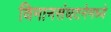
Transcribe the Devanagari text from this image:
विमानसंघटनेमध्ये